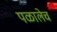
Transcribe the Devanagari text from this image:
पळालेच